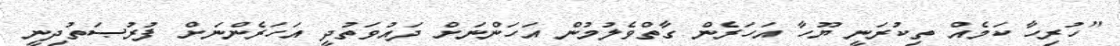
"ހުރިހާ ކަމެއް ތިކުރަނީ ޔޫހާ އަހަރެން ގާތްވެލުމުން އަހަންނަށް ދައުވަތުދީ އަހަރެންނަށް ފުރުޞަތުދިނީ